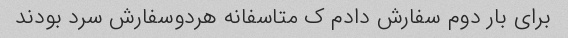
برای بار دوم سفارش دادم ک متاسفانه هردوسفارش سرد بودند